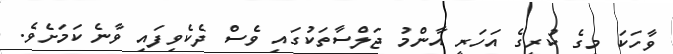
ވާހަކަ މީގެ ކުރީގެ އަހަރީ އާންމު ޖަލްސާތަކުގައި ވެސް ދެކެވިފައި ވާނެ ކަމަށެވެ.